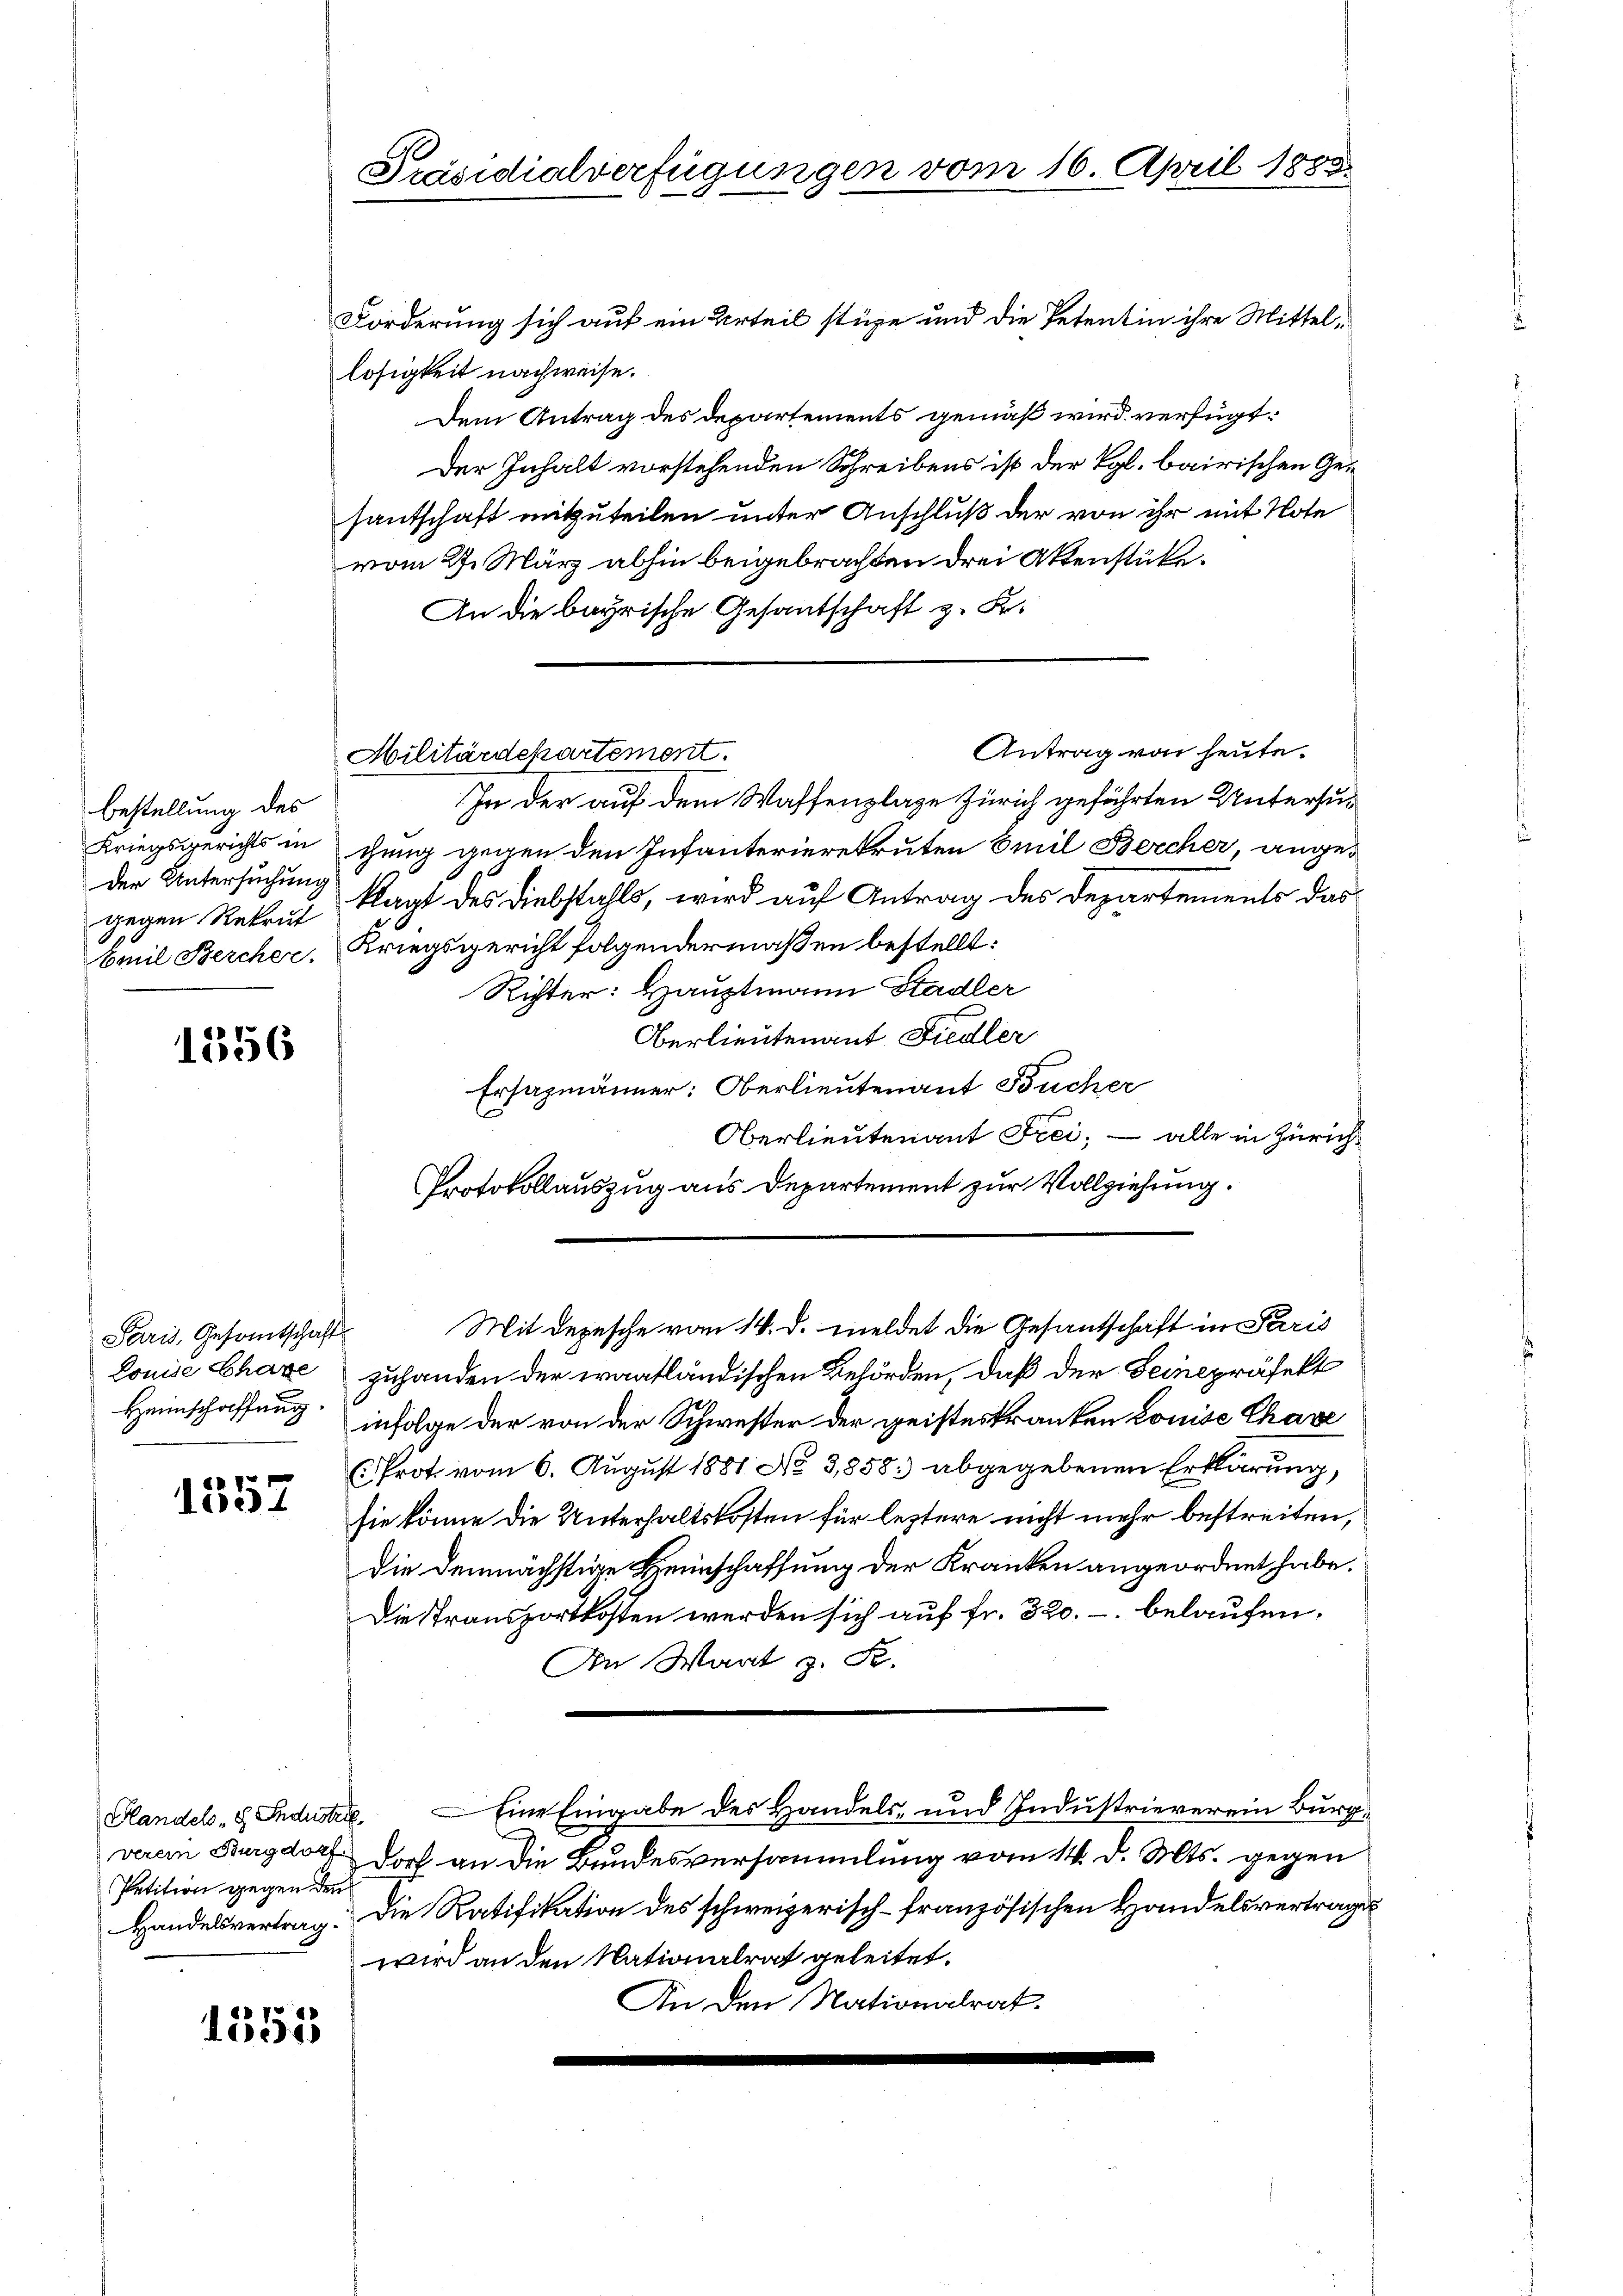
bestellung des
Kriegsgerichts in
der Untersuchung
gegen Rekrut
mil Bercher.

1356

Paris, Gesamtschaft
Louise Chaze
Heimschaffung

1552

Forderung sich auf ein Urteil stüze und die Petentin ihre Mittellosigkeit nachweise.
Dem Antrag des Departements gemäß wird verfügt:
Der Inhalt vorstehenden Schreibens ist der Kgl. bairischen Gesantschaft mitzuteilen unter Anschluß der von ihr mit Note
vom 27. März abhin beigebrachten drei Aktenstüke.
An die bayrische Gesantschaft z. B.
Antrag von heute.
Militärdekartement.
In der auf dem Waffenplage Zürich geführten Untersugung gegen den Infanterierekruten Emil Bercher, angeklagt des Diebstahls, wird auf Antrag des Departements das
Kriegsgericht folgendermaßen bestellt:
Richter: Hauptmann Stadler
Oberlieutenant Fiedler.
Ersazmänner: Oberlieutenant Bücher
C
Oberlieutenant Frei; — alle in Zürich¬
Protokollauszug aus Departement zur Vollziehung.
Mit Depesche vom 14. d. meldet die Gesantschaft in Paris
zuhanden der waafländischen Behörden, daß der Seine präfekt
infolge der von der Schwester der geisteskranken Louise Chave
Prot. vom 6. Aŭgŭst 1881 No 3,858 abgegebenen Erklärung,
sie könne die Unterhaltskosten für leztere nicht mehr bestreiten,
die demnächstige Heinschaffung der Kranken angeordnet habe.
Die Transportkosten werden sich auf fr. 320.- belaufen.
An Wart z. B.
Handels-S. Industrie. — Eine Eingabe des Handels- und Industrieverein Burgverein Burgdorf doch an die Bundesversammlung vom 14. d. Mts. gegen
Handelsvertrag. Die Ratifikation des schweizerisch-französischen Handelsvertrages
wird an den Nationalrat geleitet.
An den Nationalrat.

Petition gegen den

1551

Präsidialverfügungen vom 16. April 1883.